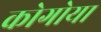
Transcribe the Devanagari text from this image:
कोगोया